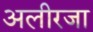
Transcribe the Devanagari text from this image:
अलीरजा